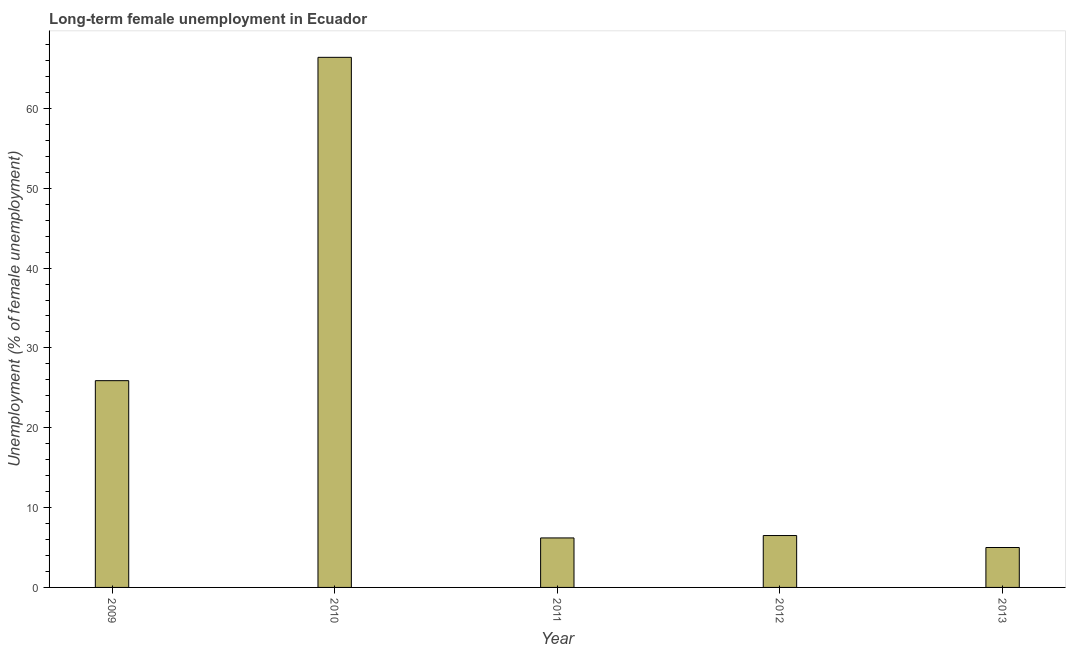
| Year | Long-term unemployment female |
 | --- | --- |
 | 2009 | 25.9 |
 | 2010 | 66.4 |
 | 2011 | 6.2 |
 | 2012 | 6.5 |
 | 2013 | 5 |